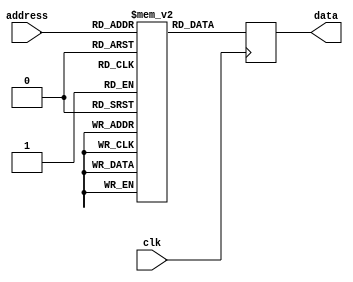
module rom(
  input wire clk,
  input wire [N - 1:0] address,
  output reg [M - 1:0] data
);

// define parameters for memory size
parameter N = 8; // number of address lines
parameter M = 16; // number of data lines

// define memory array
reg [M - 1:0] memory [0:2**N-1];

// define initially stored data in memory
initial begin
  memory[0] = 16'b0000000000000001;
  memory[1] = 16'b0000000000000010;
  // add more initial data here
end

// control logic for selecting address and outputting data
always @(posedge clk) begin
  data <= memory[address];
end

endmodule